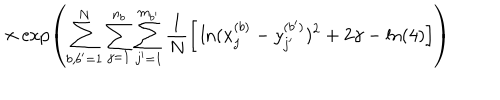
\times \exp \left( \sum _ { b , b ^ { \prime } = 1 } ^ { N } \sum _ { j = 1 } ^ { n _ { b } } \sum _ { j ^ { \prime } = 1 } ^ { m _ { b ^ { \prime } } } \frac { 1 } { N } \Big [ \ln ( x _ { j } ^ { ( b ) } - y _ { j ^ { \prime } } ^ { ( b ^ { \prime } ) } ) ^ { 2 } + 2 \gamma - \ln ( 4 ) \Big ] \right)